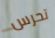
تحرس